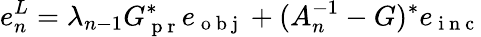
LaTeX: e_{n}^{L}=\lambda_{n-1}G_{\mathrm{~p~r~}}^{*}e_{\mathrm{~o~b~j~}}+(A_{n}^{-1}-G)^{*}e_{\mathrm{~i~n~c~}}